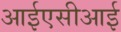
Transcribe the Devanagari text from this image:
आईएसीआई